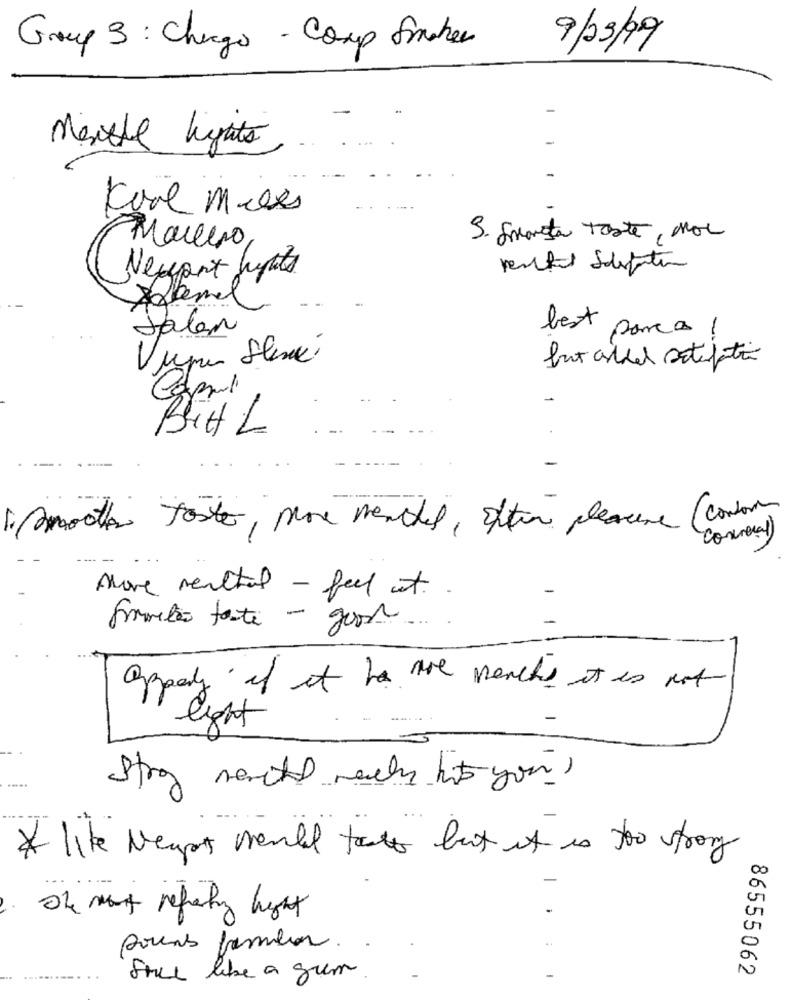
Group 3: Charge - Coup fincher
9/23/09
Meiste lights
Kool miles
3. Smaveta Tobte, MOL
Marco
Newport hurts
best po
parc as
-
Jalan
Capsul
BuHL
-
1. Smooth foster, phone reached, often pleasure (contorn
conneral)
Move realtal - feel it ..
formação forte - goo ....
appely if it has are manches it is not
light
Stig merchel mechy hit you,
* like Negos would toats but it is too strong
The mont referty hight
porns frombor.
86555062
Soul libe a grem.